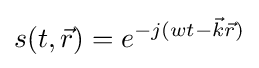
s(t,{\vec {r}})=e^{-j(wt-{\vec {k}}{\vec {r}})}